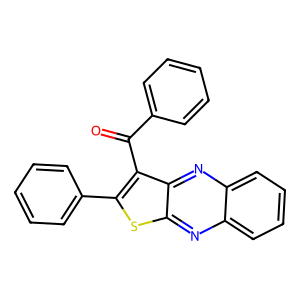
SMILES: O=C(c1ccccc1)c1c(-c2ccccc2)sc2nc3ccccc3nc12
Inhibits HIV replication: No